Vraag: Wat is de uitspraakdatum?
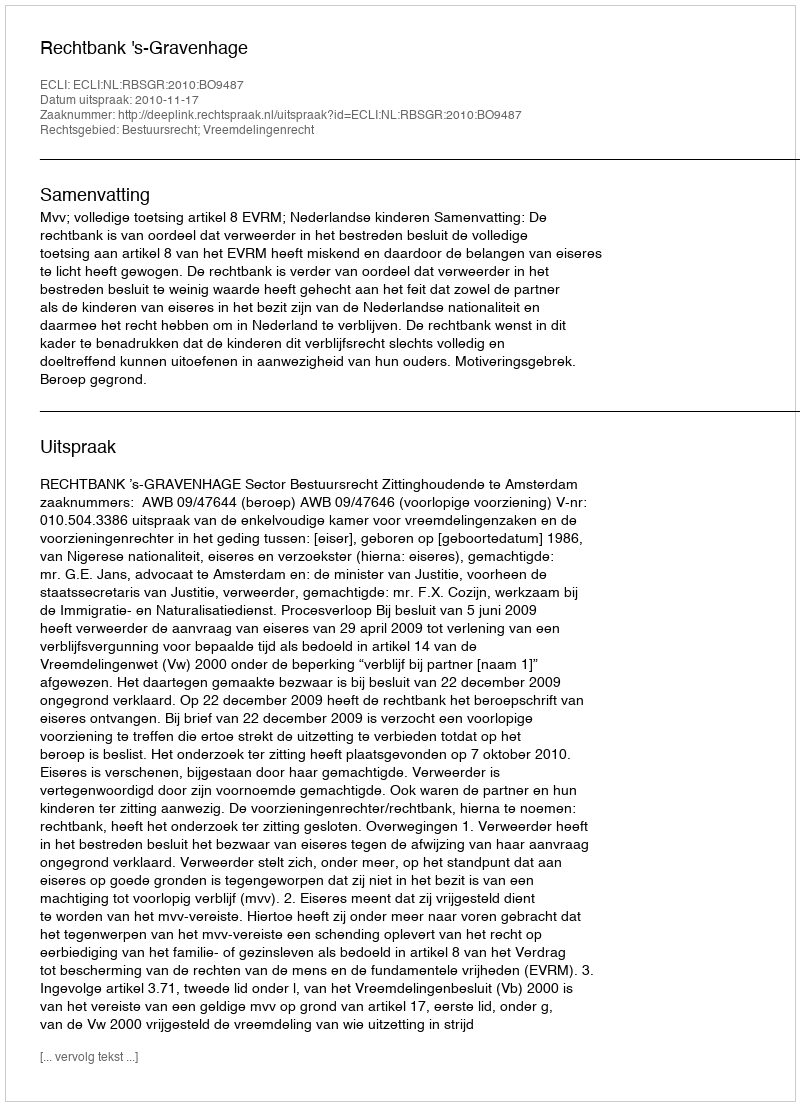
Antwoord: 2010-11-17